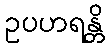
ဥပဟရန္တိ